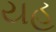
યહ